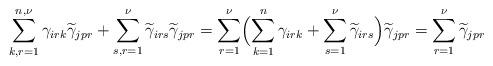
LaTeX: \begin{align*}\sum_{k,r=1}^{n,\nu}\gamma_{irk}\widetilde{\gamma}_{jpr}+\sum_{s,r=1}^{\nu}\widetilde{\gamma}_{irs}\widetilde{\gamma}_{jpr}=\sum_{r=1}^{\nu}\Bigl(\sum_{k=1}^{n}\gamma_{irk}+\sum_{s=1}^{\nu}\widetilde{\gamma}_{irs}\Bigr)\widetilde{\gamma}_{jpr}=\sum_{r=1}^{\nu}\widetilde{\gamma}_{jpr}\end{align*}